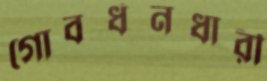
গোবর্ধনধারী